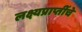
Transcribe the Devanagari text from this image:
लक्ष्यप्राप्तींचे